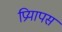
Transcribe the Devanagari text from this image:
प्रियापस